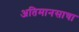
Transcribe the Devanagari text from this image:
अतिमानसाचा